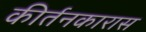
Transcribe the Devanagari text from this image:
कीर्तनकारास